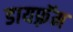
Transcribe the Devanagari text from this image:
डायफ़्रॅम